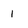
Character: 1